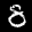
Label: 8